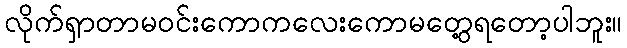
လိုက်ရှာတာမဝင်းကောကလေးကောမတွေ့ရတော့ပါဘူး။